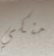
منكي